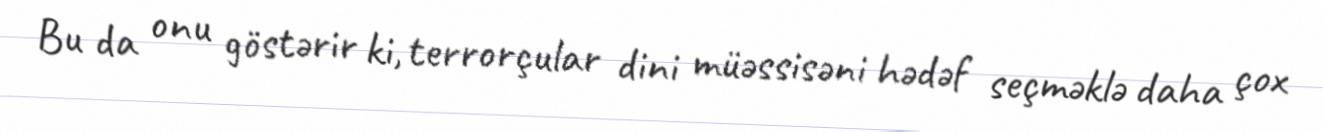
Bu da onu göstərir ki, terrorçular dini müəssisəni hədəf seçməklə daha çox